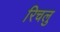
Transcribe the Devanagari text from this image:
रिचलु